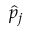
\hat { { p } } _ { j }